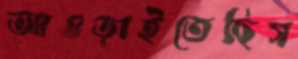
আওড়াইতেছিস